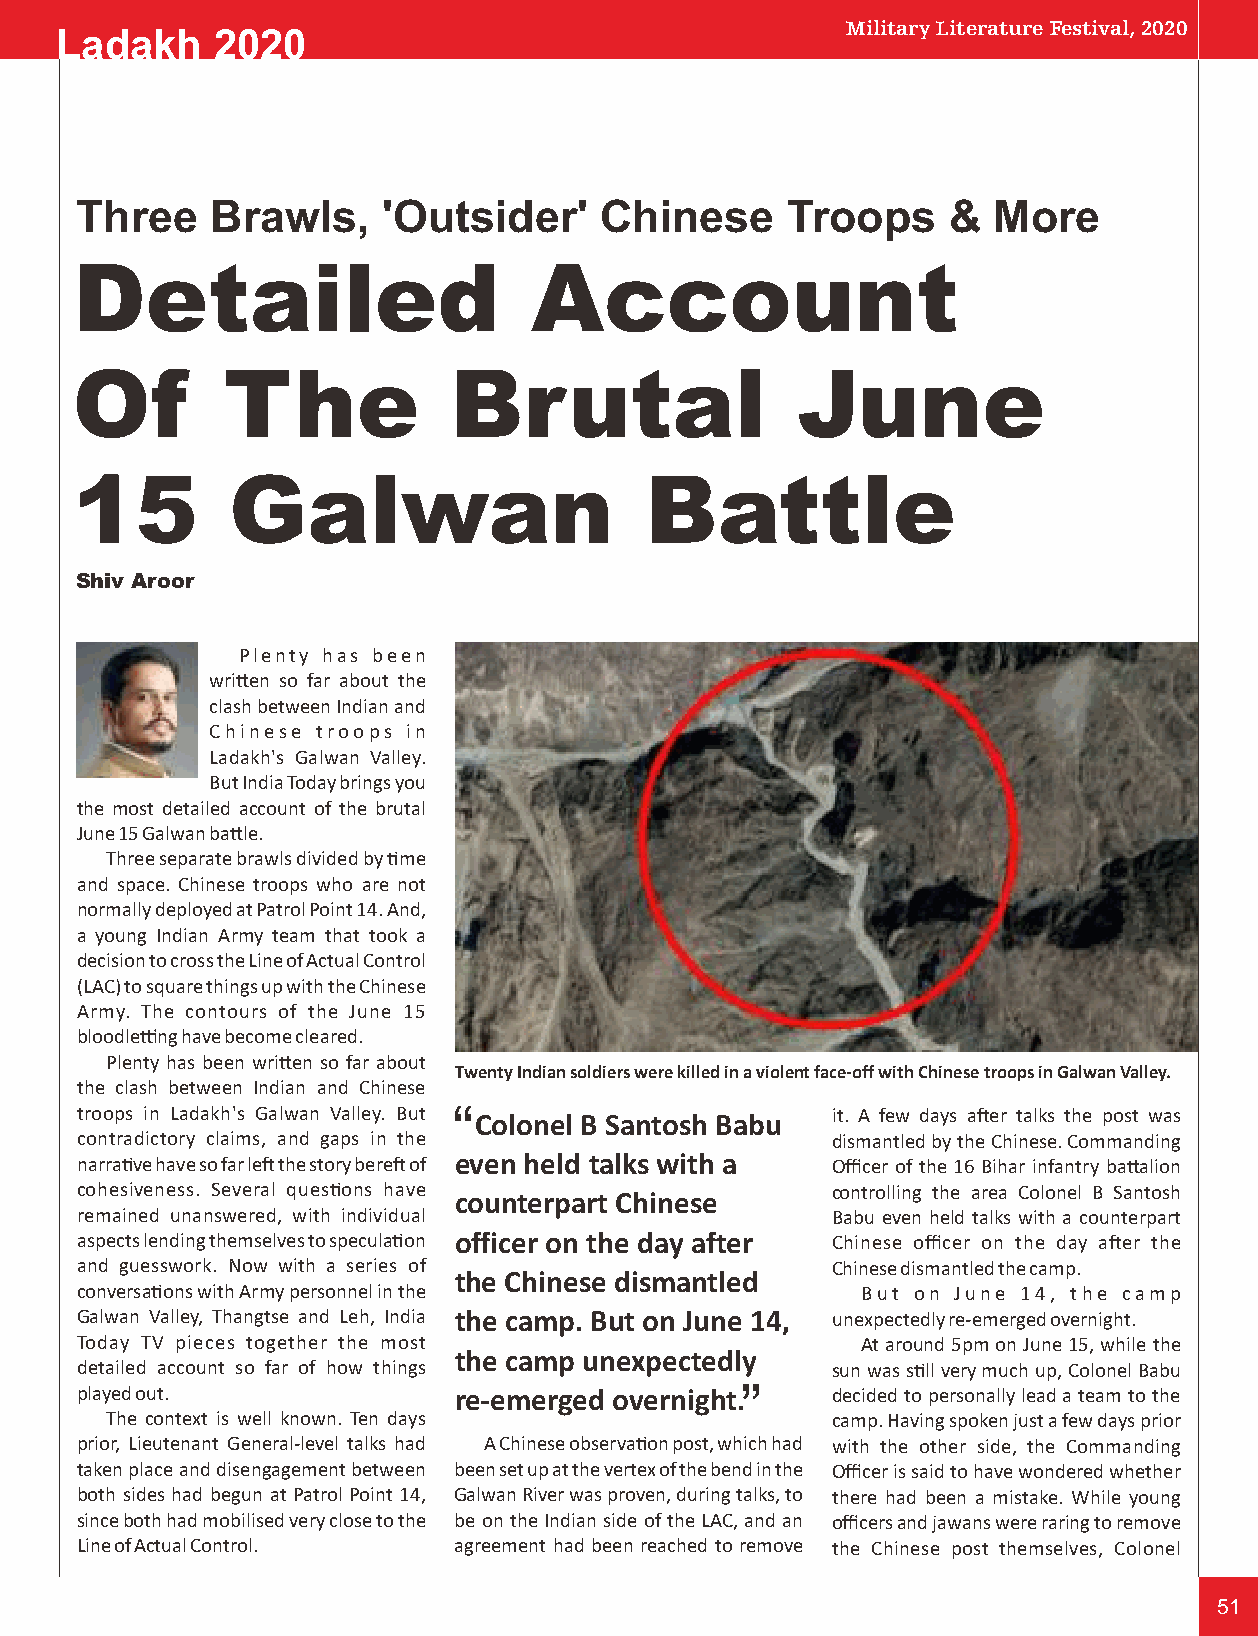
Military Literature Festival, 2020
 Ladakh    2020
 Three    Brawls,    'Outsider'     Chinese     Troops     &  More
 Detailed                      Account
 Of        The            Brutal                 June
 15        Galwan                      Battle
 Shiv Aroor
 Plenty has been
 wrien so far about the
 clash between Indian and
 Chinese troops in
 Ladakh's Galwan Valley.
 But India Today brings you
 the most detailed account of the brutal
 June 15 Galwan bale.
 Three separate brawls divided by me
 and space. Chinese troops who are not
 normally deployed at Patrol Point 14. And,
 a young Indian Army team that took a
 decision to cross the Line of Actual Control
 (LAC) to square things up with the Chinese
 Army. The contours of the June 15
 bloodleng have become cleared.
 Plenty has been wrien so far about
 Twenty Indian soldiers were killed in a violent face-off with Chinese troops in Galwan Valley.
 the clash between Indian and Chinese
 troops in Ladakh's Galwan Valley. But “ Colonel B Santosh Babu it. A few days aer talks the post was
 contradictory claims, and gaps in the             dismantled by the Chinese. Commanding
 narrave have so far le the story bere of even held talks with a Officer of the 16 Bihar infantry baalion
 cohesiveness. Several quesons have               controlling the area Colonel B Santosh
 counterpart Chinese
 remained unanswered, with individual              Babu even held talks with a counterpart
 aspects lending themselves to speculaon officer on the day after Chinese officer on the day aer the
 and guesswork. Now with a series of               Chinese dismantled the camp.
 the Chinese dismantled
 conversaons with Army personnel in the             But on June 14, the camp
 Galwan Valley, Thangtse and Leh, India the camp. But on June 14, unexpectedly re-emerged overnight.
 Today TV pieces together the most           “       At around 5pm on June 15, while the
 the camp unexpectedly
 detailed account so far of how things             sun was sll very much up, Colonel Babu
 played out.              re-emerged overnight.    decided to personally lead a team to the
 The context is well known. Ten days             camp. Having spoken just a few days prior
 prior, Lieutenant General-level talks had A Chinese observaon post, which had with the other side, the Commanding
 taken place and disengagement between been set up at the vertex of the bend in the Officer is said to have wondered whether
 both sides had begun at Patrol Point 14, Galwan River was proven, during talks, to there had been a mistake. While young
 since both had mobilised very close to the be on the Indian side of the LAC, and an officers and jawans were raring to remove
 Line of Actual Control.  agreement had been reached to remove the Chinese post themselves, Colonel
 51